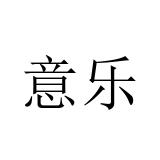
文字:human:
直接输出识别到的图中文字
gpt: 意乐